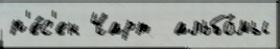
п'е́с'ен Чарт  альбо́мы